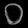
Digit: ၀